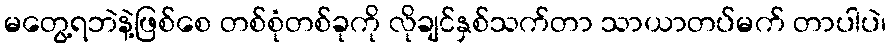
မတွေ့ရဘဲနဲ့ဖြစ်စေ တစ်စုံတစ်ခုကို လိုချင်နှစ်သက်တာ သာယာတပ်မက် တာပါပဲ၊